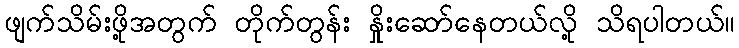
ဖျက်သိမ်းဖို့အတွက် တိုက်တွန်း နှိုးဆော်နေတယ်လို့ သိရပါတယ်။